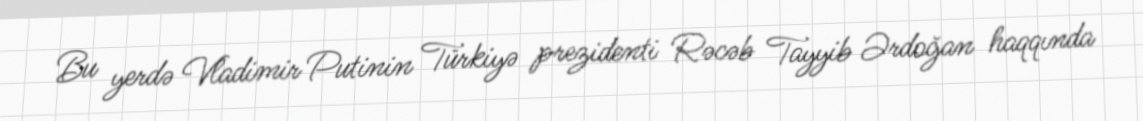
Bu yerdə Vladimir Putinin Türkiyə prezidenti Rəcəb Tayyib Ərdoğan haqqında